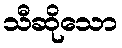
သီဆိုသော